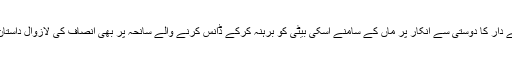
خانیوال تھانے دار کا دوستی سے انکار پر ماں کے سامنے اسکی بیٹی کو برہنہ کرکے ڈانس کرنے والے سانحہ پر بھی انصاف کی لازوال داستان رقم ہوچکی۔